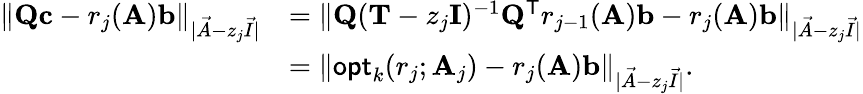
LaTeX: \begin{array}{rl}{\| \mathbf{Q}\mathbf{c}-r_{j}(\mathbf{A})\mathbf{b}\| _{|\vec{A}-z_{j}\vec{I}|}}&{=\| \mathbf{Q}(\mathbf{T}-z_{j}\mathbf{I})^{-1}\mathbf{Q}^{\mathsf{T}}r_{j-1}(\mathbf{A})\mathbf{b}-r_{j}(\mathbf{A})\mathbf{b}\| _{|\vec{A}-z_{j}\vec{I}|}}\\ &{=\| \mathsf{opt}_{k}(r_{j};\mathbf{A}_{j})-r_{j}(\mathbf{A})\mathbf{b}\| _{|\vec{A}-z_{j}\vec{I}|}.}\end{array}